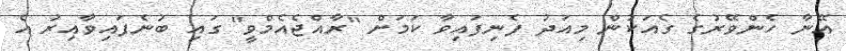
އޭނާ ހެންވޭރުގެ ގެއަކުން މިއަދު ފެނިފައިވާ ކަމަށް "ރާއްޖެއެމްވީ" ގައި ބުނެފައިވާއިރު އެ